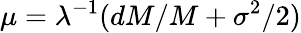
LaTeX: \mu=\lambda^{-1}(dM/M+\sigma^{2}/2)